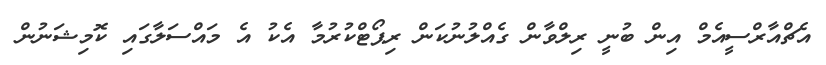
އެޗްއާރްސީއެމް އިން ބުނީ ރިލްވާން ގެއްލުނުކަން ރިޕޯޓްކުރުމާ އެކު އެ މައްސަލާގައި ކޮމިޝަނުން